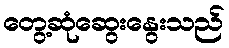
တွေ့ဆုံဆွေးနွေးသည်